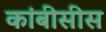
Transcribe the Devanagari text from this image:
कांबीसीस